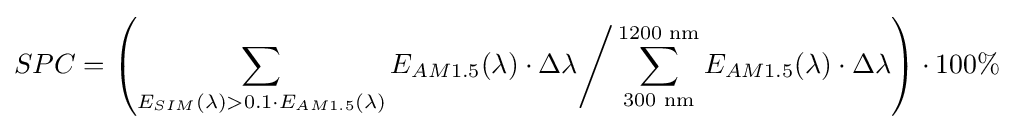
SPC=\left(\sum _{E_{SIM}(\lambda )>0.1\cdot E_{AM1.5}(\lambda )}E_{AM1.5}(\lambda )\cdot \Delta \lambda {\Bigg /}\sum _{\text{300 nm}}^{\text{1200 nm}}E_{AM1.5}(\lambda )\cdot \Delta \lambda \right)\cdot 100\%